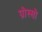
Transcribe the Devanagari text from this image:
ग्रोस्सो